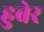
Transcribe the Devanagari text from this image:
हुबेर